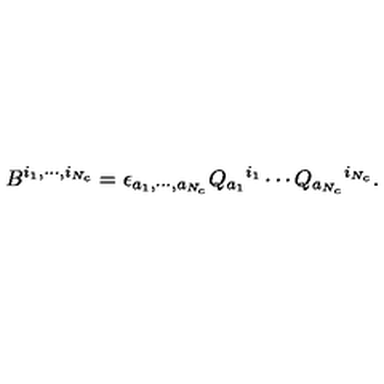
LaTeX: B ^ { i _ { 1 } , \cdots , i _ { N _ { c } } } = \epsilon _ { a _ { 1 } , \cdots , a _ { N _ { c } } } Q _ { a _ { 1 } } { } ^ { i _ { 1 } } \cdots Q _ { a _ { N _ { c } } } { } ^ { i _ { N _ { c } } } .